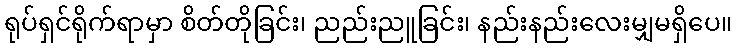
ရုပ်ရှင်ရိုက်ရာမှာ စိတ်တိုခြင်း၊ ညည်းညူခြင်း၊ နည်းနည်းလေးမျှမရှိပေ။